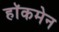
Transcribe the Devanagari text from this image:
हाॅकमेन